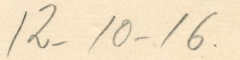
16 - 10 - 12